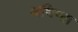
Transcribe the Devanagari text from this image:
अभिप्सा